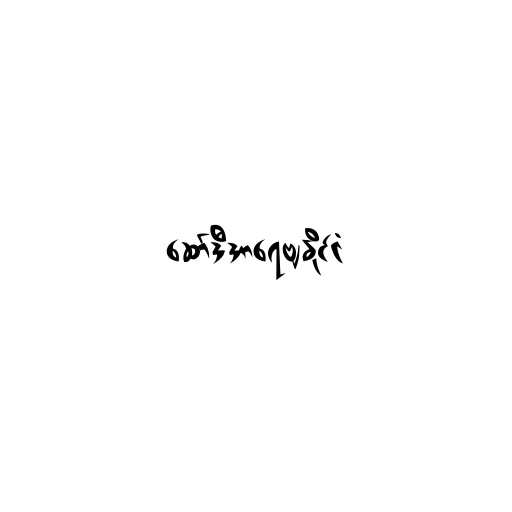
ဆော်ဒီအာရေဗျနိုင်ငံ